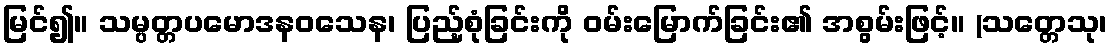
မြင်၍။ သမ္ပတ္တပမောဒနဝသေန၊ ပြည့်စုံခြင်းကို ဝမ်းမြောက်ခြင်း၏ အစွမ်းဖြင့်။ (သတ္တေသု၊